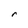
Character: r